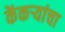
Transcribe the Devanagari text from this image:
केंकर्‍यांचा